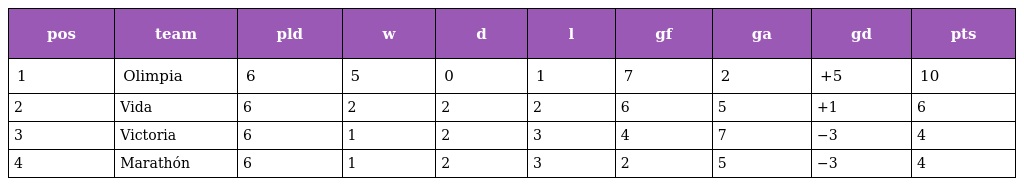
| pos | team | pld | w | d | l | gf | ga | gd | pts |
 | --- | --- | --- | --- | --- | --- | --- | --- | --- | --- |
 | 1 | Olimpia | 6 | 5 | 0 | 1 | 7 | 2 | +5 | 10 |
 | 2 | Vida | 6 | 2 | 2 | 2 | 6 | 5 | +1 | 6 |
 | 3 | Victoria | 6 | 1 | 2 | 3 | 4 | 7 | −3 | 4 |
 | 4 | Marathón | 6 | 1 | 2 | 3 | 2 | 5 | −3 | 4 |